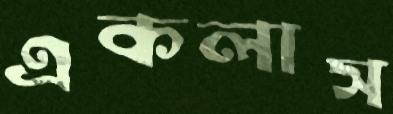
একলাস